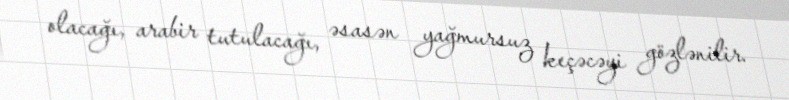
olacağı, arabir tutulacağı, əsasən yağmursuz keçəcəyi gözlənilir.